Report on horse surra - Volume I
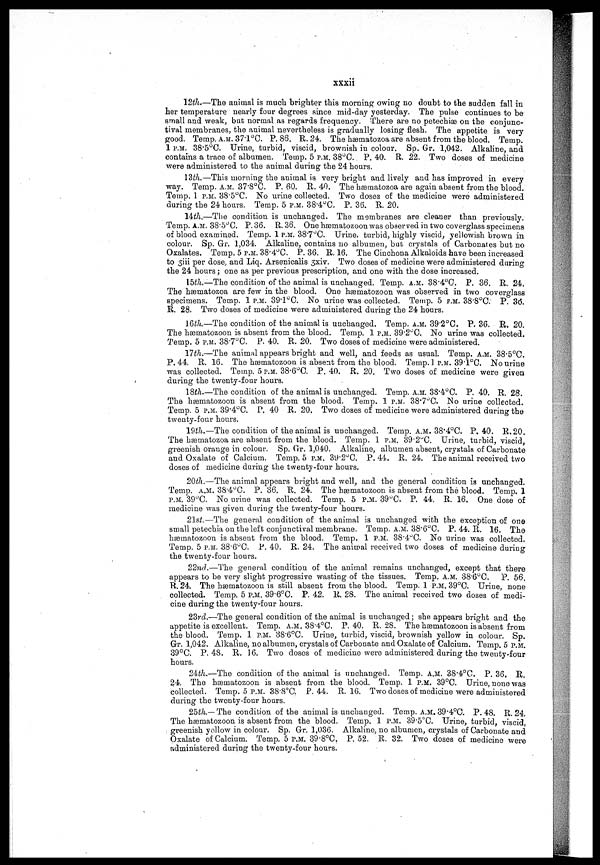
xxxii
12th,—The animal is much brighter this morning owing no doubt to the sudden fall in
her temperature nearly four degrees since mid-day yesterday. The pulse continues to be
small and weak, but normal as regards frequency, There are no petechiæ on the conjunc-
tival membranes, the animal nevertheless is gradually losing flesh. The appetite is very
good. Temp. A.M. 37.1°C. P. 88. R. 24. The hæmatozoa are absent from the blood. Temp.
1 P.M. 38.5°C. Urine, turbid, viscid, brownish in colour. Sp. Gr. 1,042. Alkaline, and
contains a trace of albumen. Temp. 5 P.M. 38°C. P. 40. B. 22. Two doses of medcine
were administered to the animal during the 24 hours.
13th.—This morning the animal is very bright and lively and has improved in every
way. Temp. A.M. 37.8°C. P. 80. R. 40. The hæmatozoa are again absent from the blood.
Temp. 1 P.M. 38.5°C. No urine collected. Two doses of the medicine were administered
during the 24 hours. Temp. 5 P.M. 38.4°C. P. 36. R. 20.
14th,—The condition is unchanged. The membranes are cleaner than previously.
Temp. A.M. 38.5°C. P. 36. R. 38. One hæniatozoon was observed in two coverglass specimens
of blood examined. Temp. 1 P.M. 38.7°C. Urine, turbid, highly viscid, yellowish brown in
colour. Sp. Gr. 1,034. Alkaline, contains no albumen, but crystals of Carbonates but no
Oxalates. Temp. 5 P.M. 38.4°C. P. 36. R. 16. The Cinchona Alkaloids have been increased
to 3iii per dose, and Liq. Arsenicalis 3xiv. Two doses of medicine were administered during
the 24 hours; one as per previous prescription, and one with the dose increased.
15th.—The condition of the animal is unchanged. Temp. A.M. 38.4°C. P. 36. R. 24.
The hæmatozoa are few in the blood. One hæmatozoon was observed in two coverglass
specimens. Temp. 1 P.M. 39.1°C. No urine was collected. Temp. 5 P.M. 38.8°C. P. 30.
R. 28. Two doses of medicine were administered during the 24 hours.
16th.—The condition of the animal is unchanged. Temp. A.M. 39.2°C. P. 36, R. 20.
The hæmatozoon is absent from the blood. Temp, 1 P.M. 39.2°C. NO urine was collected.
Temp. 5 P.M. 38.7°C. P. 40. R. 20. Two doses of medicine were administered.
17th.—-The animal appears bright and well, and feeds as usual. Temp. A.M. 38.5°C.
P. 44. R. 16. The hæmatozoon is absent from the blood. Temp. 1 P.M. 39.1°C. No urine
was collected. Temp. 5 P.M. 38.6°C. P. 40. R. 20. Two doses of medicine were given
during the twenty-four hours.
18th.—The condition of the animal is unchanged. Temp. A.M. 38.4°C. P. 40. R. 28.
The hæmatozoon is absent from the blood. Temp. 1 P.M. 38.7°C. NO urine collected.
Temp. 5 P.M. 39.4°C. P. 40 R. 20. Two doses of medicine were administered during the
twenty-four hours.
19$,—The condition of the animal is unchanged. Temp. A.M. 38.4°C. P, 40. R.20.
The hæmatozoa are absent from the blood. Temp. 1 P.M. 39.2°C, Urine, turbid, viscid,
greenish orange in colour. Sp. Or. 1,040. Alkaline, albumen absent, crystals of Carbonate
and Oxalate of Calcium. Temp. 5 P.M. 39.2°C. P. 44. R, 24. The animal received two
doses of medicine during the twenty-four hours.
20th.—The animal appears bright and well, and the general condition is unchanged.
Temp. A.M. 38.4°C. P. 36. R. 24. The hæmatozoon is absent from the blood. Temp. 1
P.M. 39°C. No urine was collected. Temp. 5 P.M. 39°C. P. 44. R. 16. One dose of
medicine was given during the twenty-four hours.
21st.—The general condition of the animal is unchanged with the exception of one
small petechia on the left conjunctival membrane. Temp. A.M. 38.6°C. P. 44. R. 16. The
hæmatozoon is absent from the blood. Temp. 1 P.M. 38.4°C. No urine was collected.
Temp. 5 P.M. 38.6°C. P. 40. R. 24. The animal received two doses of medicine during
the twenty-four hours.
22nd.—The general condition of the animal remains unchanged, except that there
appears to be very slight progressive wasting of the tissues. Temp. A.M. 38.6°C. P. 56.
R. 24. The hæruatozoon is still absent from the blood. Temp. 1 P.M. 39°C. Urine, none
collected. Temp. 5 P.M. 39.6°C. P. 42. R. 28. The animal received two doses of medi-
cine during the twenty-four hours.
23rd.—The general condition of the animal is unchanged; she appears bright and the
appetite is excellent. Temp. A.M. 38.4°C. P. 40. R. 28. The hæmatozoon is absent from
the blood. Temp. 1 P.M. 38.6°C. Urine, turbid, viscid, brownish yellow in colour. Sp.
Gr, 1,042. Alkaline, no albumen, crystals of Carbonate and Oxalate of Calcium. Temp. 5 P.M.
39°C. P. 48. R. 16. Two doses of medicine were administered during the twenty-four
hours.
24th.—The condition of the animal is unchanged. Temp. A.M. 38.4°C. P. 36. R.
24. The hæmatozoon is absent from the blood. Temp. 1 P.M. 39°C. Urine, none was
collected. Temp. 5 P.M. 38.8°C. P. 44. R. 16. Two doses of medicine were administered
during the twenty-four hours.
25th.— The condition of the animal is-unchanged. Temp. A.M. 39.4°C. P. 48. R. 24.
The hæmatozoon is absent from the blood. Temp. 1 P.M. 39..5°C. Urine, turbid, viscid,
greenish yellow in colour. Sp. Or. 1,036. Alkaline, no albumen, crystals of Carbonate and
Oxalate of Calcium. Temp. 5 P.M. 39.8°C. P. 52. R. 32. Two doses of medicine were
administered during the twenty-four hours.